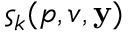
\varsigma _ { k } ( p , v , \mathbf { y } )